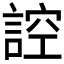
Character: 𮘜